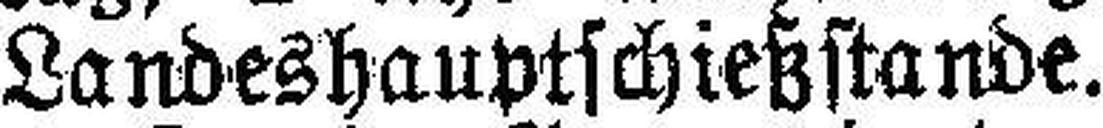
Landeshauptschießstande.